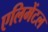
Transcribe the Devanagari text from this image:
एलिमेंटल